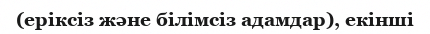
(еріксіз және білімсіз адамдар), екінші